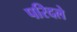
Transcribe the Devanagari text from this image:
परिदले